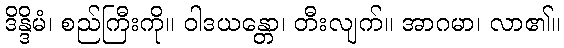
ဒိန္ဒိမံ၊ စည်ကြီးကို။ ဝါဒယန္တော၊ တီးလျက်။ အာဂမာ၊ လာ၏။